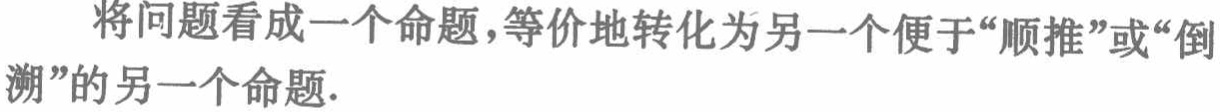
将问题看成一个命题，等价地转化为另一个便于“顺推”或“倒溯”的另一个命题.